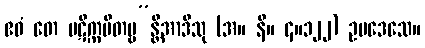
ဧဝံ တေ ပဋိက္ကမိတဗ္ဗ”န္တိအာဒီသု (အ။ နိ။ ၄။၁၂၂) ဥပဒေသေ။